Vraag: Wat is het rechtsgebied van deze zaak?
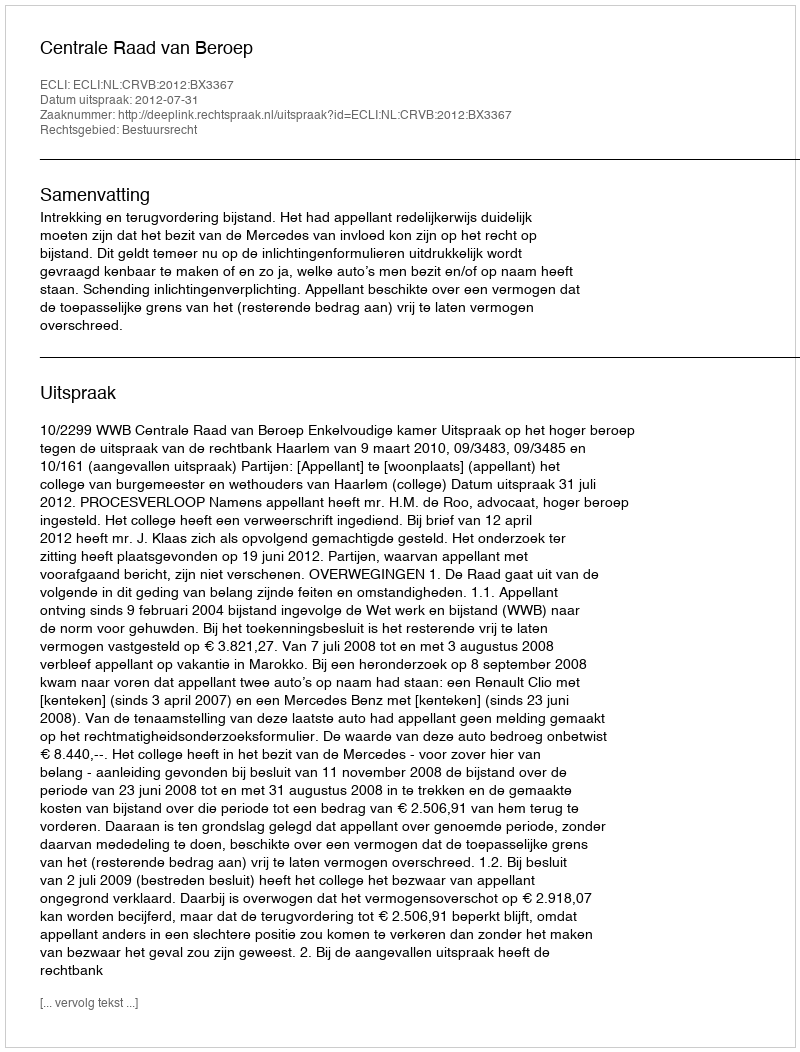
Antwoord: Bestuursrecht